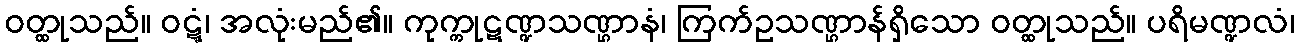
ဝတ္ထုသည်။ ဝဋ္ဋံ၊ အလုံးမည်၏။ ကုက္ကုဋဏ္ဍသဏ္ဌာနံ၊ ကြက်ဥသဏ္ဌာန်ရှိသော ဝတ္ထုသည်။ ပရိမဏ္ဍလံ၊